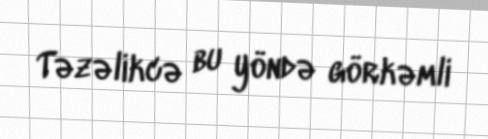
Təzəlikcə bu yöndə görkəmli